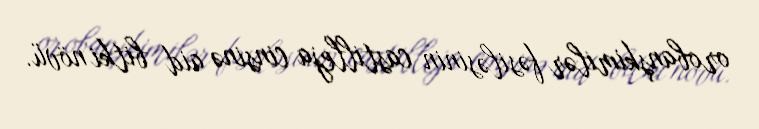
orobanşkimilər fəsiləsinin castilleja cinsinə aid bitki növü.